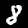
Label: 8